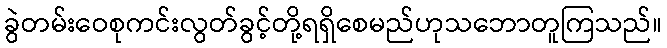
ခွဲတမ်းဝေစုကင်းလွတ်ခွင့်တို့ရရှိစေမည်ဟုသဘောတူကြသည်။